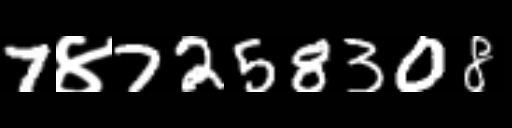
Text: 7४7258308